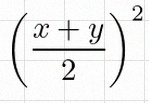
\left(\frac{x+y}{2}\right)^2